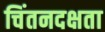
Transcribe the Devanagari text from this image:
चिंतनदक्षता